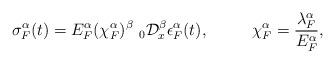
LaTeX: \begin{align*} \sigma_{F}^{\alpha}(t)=E_{F}^{\alpha} (\chi_{F}^{\alpha})^{\beta}~ _{0}\mathcal{D}_{x}^{\beta} \epsilon_{F}^{\alpha}(t),~~~~~~~~\chi_{F}^{\alpha}=\frac{\lambda_{F}^{\alpha}}{E_{F}^{\alpha}}, \end{align*}